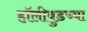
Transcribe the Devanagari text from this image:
हॉलीवुडच्या